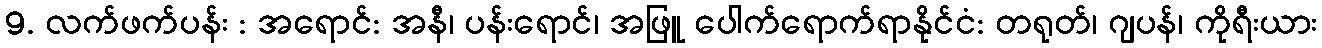
9. လက်ဖက်ပန်း : အရောင်: အနီ၊ ပန်းရောင်၊ အဖြူ ပေါက်ရောက်ရာနိုင်ငံ: တရုတ်၊ ဂျပန်၊ ကိုရီးယား